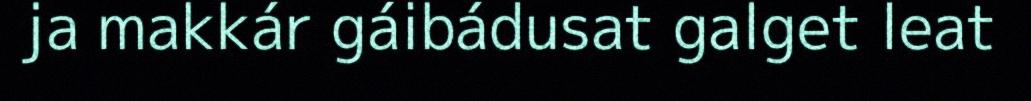
ja makkár gáibádusat galget leat